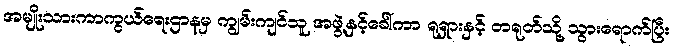
အမျိုးသားကာကွယ်ရေးဌာနမှ ကျွမ်းကျင်သူ အဖွဲ့နှင့်ခေါ်ကာ ရုရှားနှင့် တရုတ်သို့ သွားရောက်ပြီး